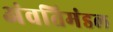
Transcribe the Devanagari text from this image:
अंवतिमंडल